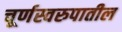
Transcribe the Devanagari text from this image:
चूर्णस्वरुपातील